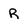
Character: R